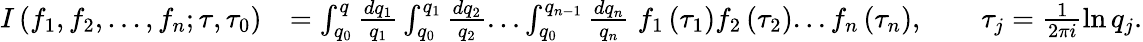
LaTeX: \begin{array}{rl}{I\left(f_{1},f_{2},...,f_{n};\tau,\tau_{0}\right)}&{=\int_{q_{0}}^{q}\frac{dq_{1}}{q_{1}}\int_{q_{0}}^{q_{1}}\frac{dq_{2}}{q_{2}}...\int_{q_{0}}^{q_{n-1}}\frac{dq_{n}}{q_{n}}\; f_{1}\left(\tau_{1}\right)f_{2}\left(\tau_{2}\right)...f_{n}\left(\tau_{n}\right),\qquad\tau_{j}=\frac{1}{2\pi i}\ln q_{j}.}\end{array}